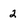
Character: 2